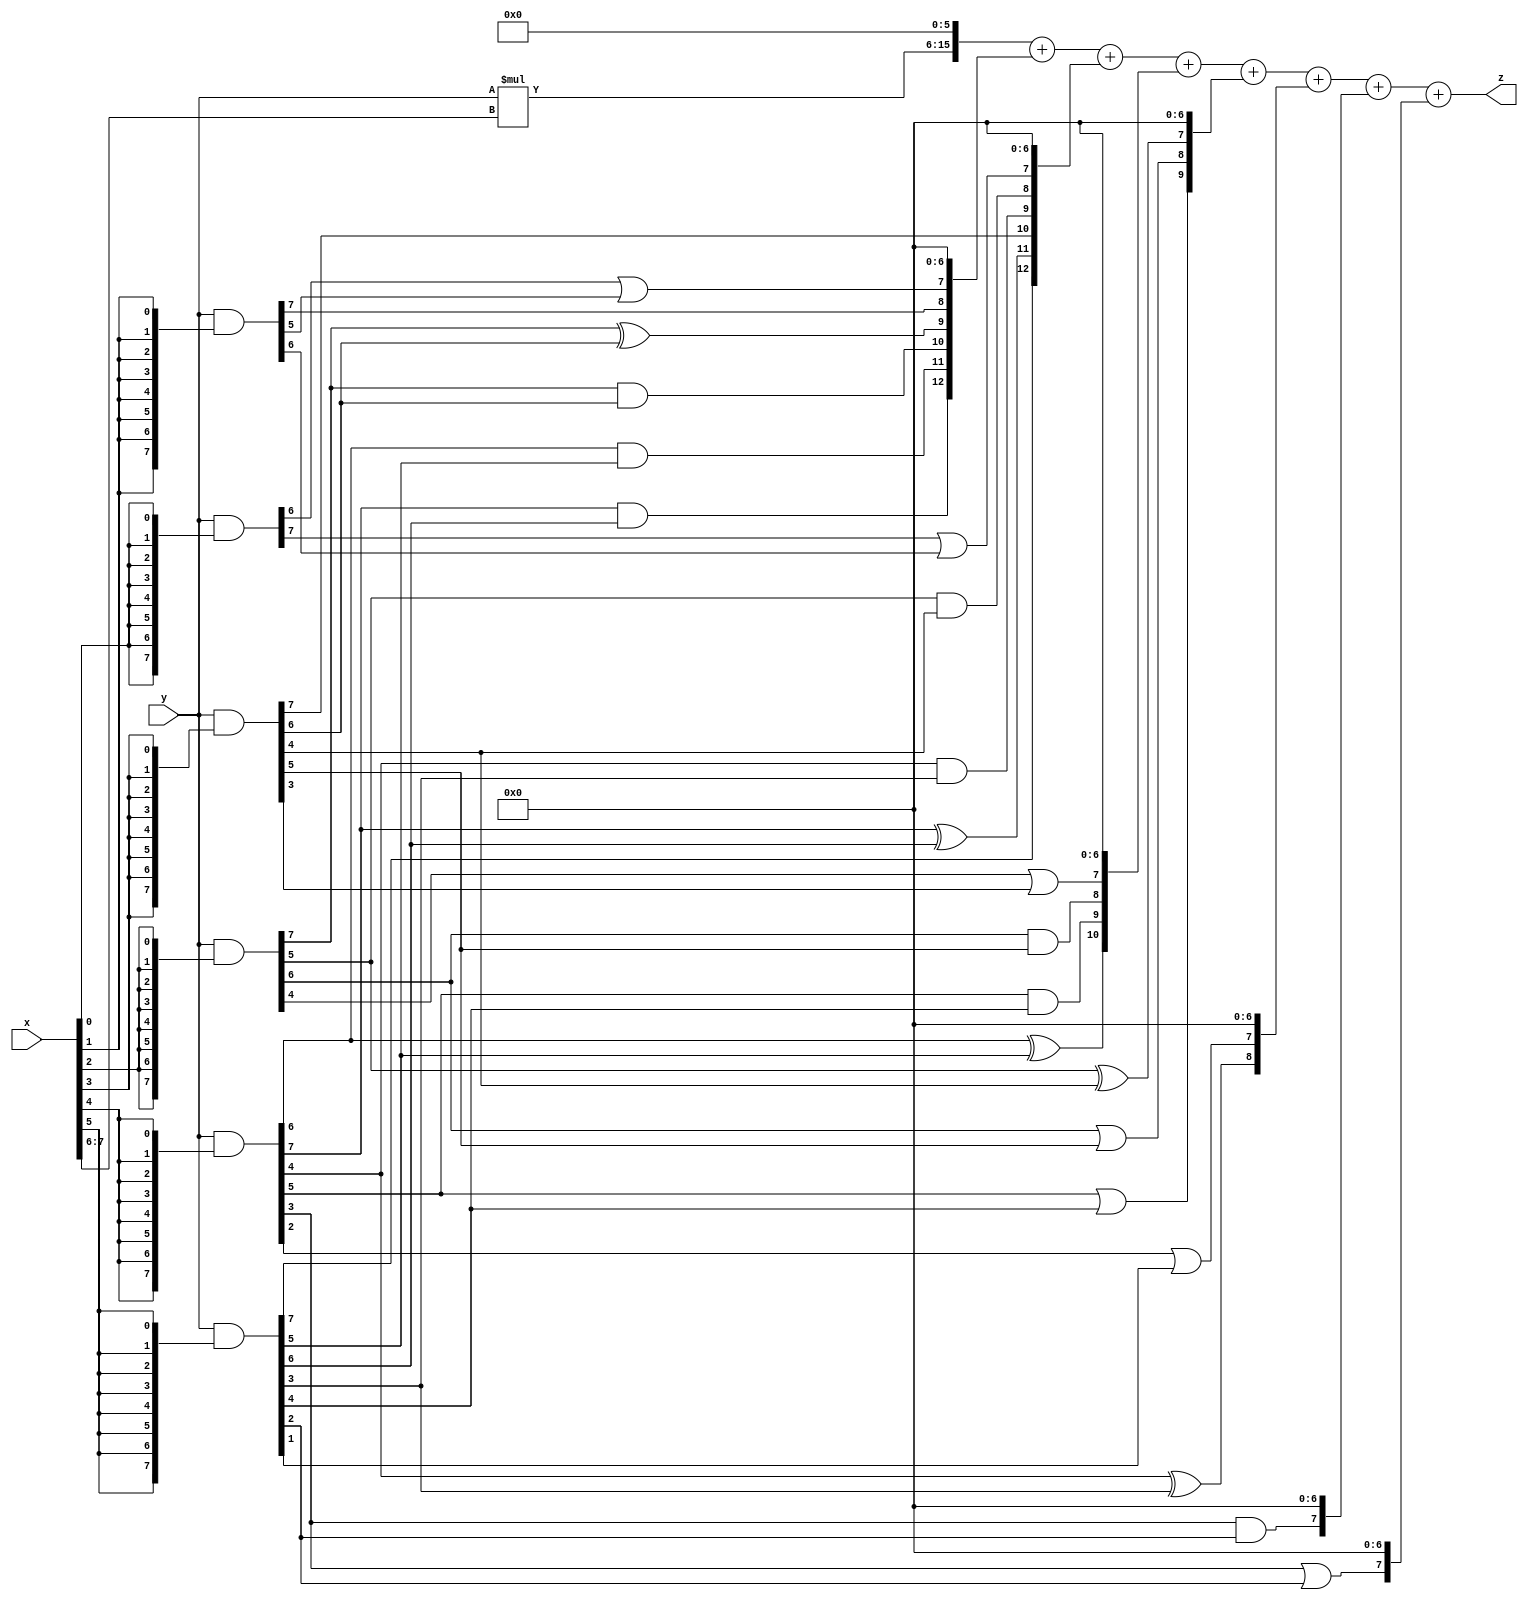
// terms: 23
// fval:  46662.25

module unsigned_8x8_l6_lamb1800_0 (
	input [7:0] x,
	input [7:0] y,
	output [15:0] z
);

wire [9:0] tmp_z = y*x[7:6];

wire [7:0] part1 =  y & {8{x[0]}};
wire [7:0] part2 =  y & {8{x[1]}};
wire [7:0] part3 =  y & {8{x[2]}};
wire [7:0] part4 =  y & {8{x[3]}};
wire [7:0] part5 =  y & {8{x[4]}};
wire [7:0] part6 =  y & {8{x[5]}};

wire [12:0] new_part1;
assign new_part1[0] = 0;
assign new_part1[1] = 0;
assign new_part1[2] = 0;
assign new_part1[3] = 0;
assign new_part1[4] = 0;
assign new_part1[5] = 0;
assign new_part1[6] = 0;
assign new_part1[7] = part1[6] | part2[5];
assign new_part1[8] = part2[7];
assign new_part1[9] = part3[7] ^ part4[6];
assign new_part1[10] = part3[7] & part4[6];
assign new_part1[11] = part5[6] & part6[5];
assign new_part1[12] = part5[7] & part6[6];

wire [12:0] new_part2;
assign new_part2[0] = 0;
assign new_part2[1] = 0;
assign new_part2[2] = 0;
assign new_part2[3] = 0;
assign new_part2[4] = 0;
assign new_part2[5] = 0;
assign new_part2[6] = 0;
assign new_part2[7] = part1[7] | part2[6];
assign new_part2[8] = part3[5] & part4[4];
assign new_part2[9] = part5[4] & part6[3];
assign new_part2[10] = part4[7];
assign new_part2[11] = part5[7] ^ part6[6];
assign new_part2[12] = part6[7];

wire [10:0] new_part3;
assign new_part3[0] = 0;
assign new_part3[1] = 0;
assign new_part3[2] = 0;
assign new_part3[3] = 0;
assign new_part3[4] = 0;
assign new_part3[5] = 0;
assign new_part3[6] = 0;
assign new_part3[7] = part3[4] | part4[3];
assign new_part3[8] = part3[6] & part4[5];
assign new_part3[9] = part5[5] & part6[4];
assign new_part3[10] = part5[6] ^ part6[5];

wire [9:0] new_part4;
assign new_part4[0] = 0;
assign new_part4[1] = 0;
assign new_part4[2] = 0;
assign new_part4[3] = 0;
assign new_part4[4] = 0;
assign new_part4[5] = 0;
assign new_part4[6] = 0;
assign new_part4[7] = part3[5] ^ part4[4];
assign new_part4[8] = part3[6] | part4[5];
assign new_part4[9] = part5[5] | part6[4];

wire [8:0] new_part5;
assign new_part5[0] = 0;
assign new_part5[1] = 0;
assign new_part5[2] = 0;
assign new_part5[3] = 0;
assign new_part5[4] = 0;
assign new_part5[5] = 0;
assign new_part5[6] = 0;
assign new_part5[7] = part5[2] | part6[1];
assign new_part5[8] = part5[4] ^ part6[3];

wire [7:0] new_part6;
assign new_part6[0] = 0;
assign new_part6[1] = 0;
assign new_part6[2] = 0;
assign new_part6[3] = 0;
assign new_part6[4] = 0;
assign new_part6[5] = 0;
assign new_part6[6] = 0;
assign new_part6[7] = part5[3] & part6[2];

wire [7:0] new_part7;
assign new_part7[0] = 0;
assign new_part7[1] = 0;
assign new_part7[2] = 0;
assign new_part7[3] = 0;
assign new_part7[4] = 0;
assign new_part7[5] = 0;
assign new_part7[6] = 0;
assign new_part7[7] = part5[3] | part6[2];

assign z = {tmp_z, 6'd 0} + new_part1 + new_part2 + new_part3 + new_part4 + new_part5 + new_part6 + new_part7;
endmodule